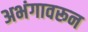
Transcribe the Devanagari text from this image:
अभंगावरून